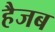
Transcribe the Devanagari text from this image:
हैजब